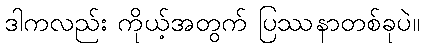
ဒါကလည်း ကိုယ့်အတွက် ပြဿနာတစ်ခုပဲ။